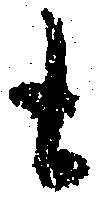
も